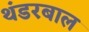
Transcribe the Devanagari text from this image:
थंडरबाल